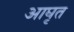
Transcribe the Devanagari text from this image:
आघृत